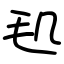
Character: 𣬠